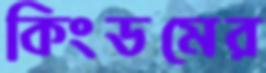
কিংডমের